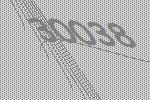
30038